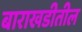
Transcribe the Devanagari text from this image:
बाराखडीतील